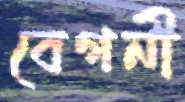
বেগনী